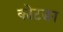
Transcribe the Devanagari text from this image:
कोटङा